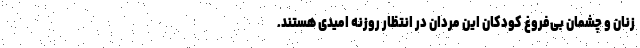
زنان و چشمان بی‌فروغ کودکان این مردان در انتظار روزنه امیدی هستند.